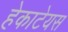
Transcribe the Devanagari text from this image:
हेकाटेयस